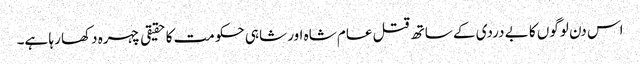
اس دن لوگوں کا بے دردی کے ساتھ قتل عام شاہ اور شاہی حکومت کا حقیقی چہرہ دکھا رہا ہے۔